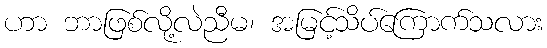
ဟာ ဘာဖြစ်လို့လဲညီမ၊ အမြင့်သိပ်ကြောက်သလား